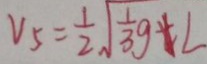
V _ { 5 } = \frac { 1 } { 2 } \sqrt { \frac { 1 } { 3 } g } + L